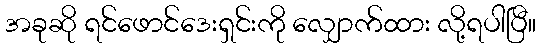
အခုဆို ရင်ဖောင်ဒေးရှင်းကို လျှောက်ထား လို့ရပါပြီ။